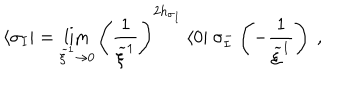
LaTeX: \langle \sigma _ { I } | = \lim _ { \widetilde { \xi } ^ { 1 } \rightarrow 0 } \left( \frac { 1 } { \widetilde { \xi } ^ { 1 } } \right) ^ { 2 h _ { \sigma _ { I } } } \, \langle 0 | ~ \sigma _ { I } ^ { - } \left( - \frac { 1 } { \widetilde { \xi } ^ { 1 } } \right) ~ ,